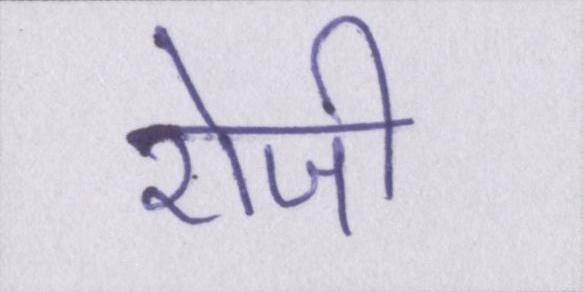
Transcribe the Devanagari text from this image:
रोजी